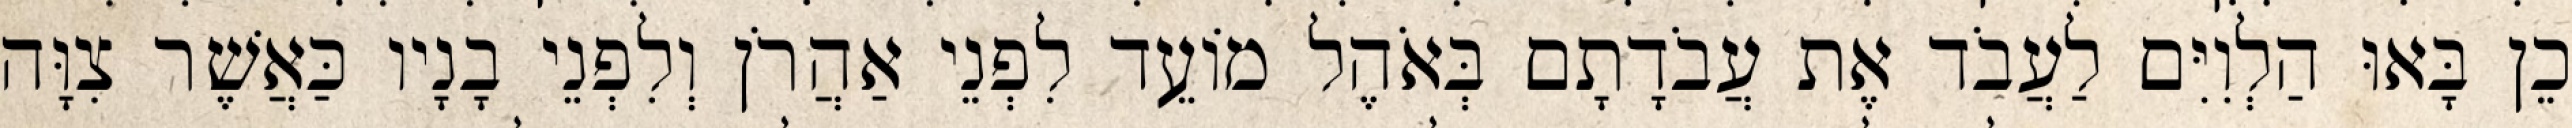
כֵן בָּאוּ הַלְוִיִּם לַעֲבֹד אֶת עֲבֹדָתָם בְּאֹהֶל מוֹעֵד לִפְנֵי אַהֲרֹן וְלִפְנֵי בָנָיו כַּאֲשֶׁר צִוָּה